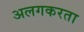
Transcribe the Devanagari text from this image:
अलगकरता